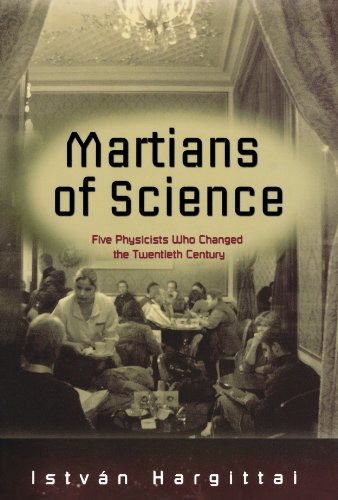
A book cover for Martians of Science: Five Physicists Who Changed the Twentieth Century; Istvan Hargittai; Science & Math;